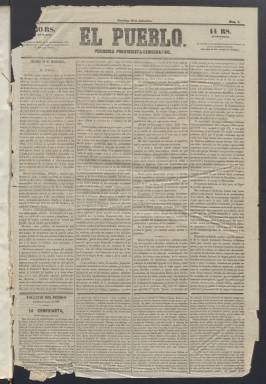
Título: El Pueblo (Madrid. 1849)
Colección: Periódicos anteriores a 1850
Ámbito geográfico: Madrid
Lugar de publicación: Madrid
Fechas: 16/12/1849-31/12/1850